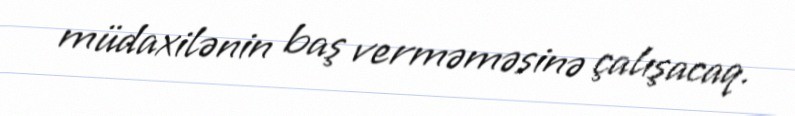
müdaxilənin baş verməməsinə çalışacaq.